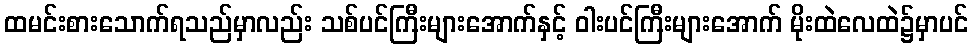
ထမင်းစားသောက်ရသည်မှာလည်း သစ်ပင်ကြီးများအောက်နှင့် ဝါးပင်ကြီးများအောက် မိုးထဲလေထဲ၌မှာပင်